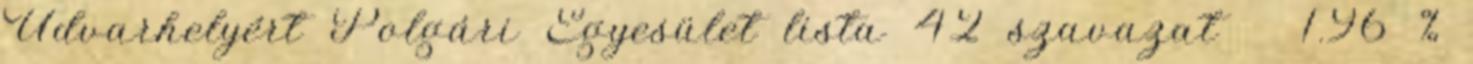
Udvarhelyért Polgári Egyesület lista 42 szavazat 1.96 %